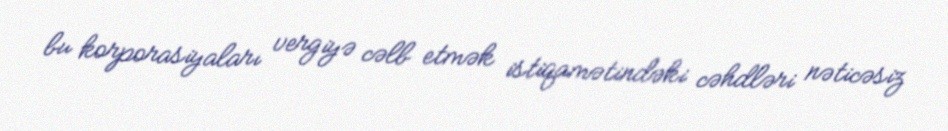
bu korporasiyaları vergiyə cəlb etmək istiqamətindəki cəhdləri nəticəsiz